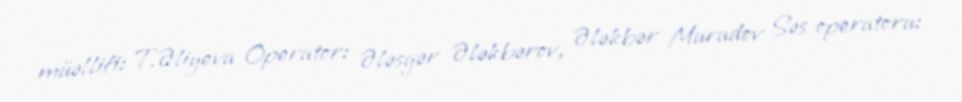
müəllifi: T.Əliyeva Operator: Ələsgər Ələkbərov, Ələkbər Muradov Səs operatoru: